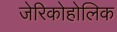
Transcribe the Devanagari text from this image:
जेरिकोहोलिक